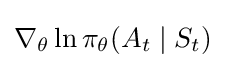
\nabla _{\theta }\ln \pi _{\theta }(A_{t}\mid S_{t})